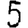
Digit: 5